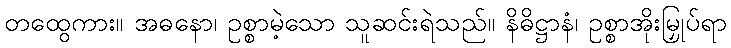
တထွေကား။ အဓနော၊ ဥစ္စာမဲ့သော သူဆင်းရဲသည်။ နိဓိဋ္ဌာနံ၊ ဥစ္စာအိုးမြှုပ်ရာ